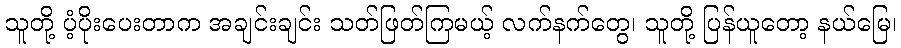
သူတို့ ပံ့ပိုးပေးတာက အချင်းချင်း သတ်ဖြတ်ကြမယ့် လက်နက်တွေ၊ သူတို့ ပြန်ယူတော့ နယ်မြေ၊